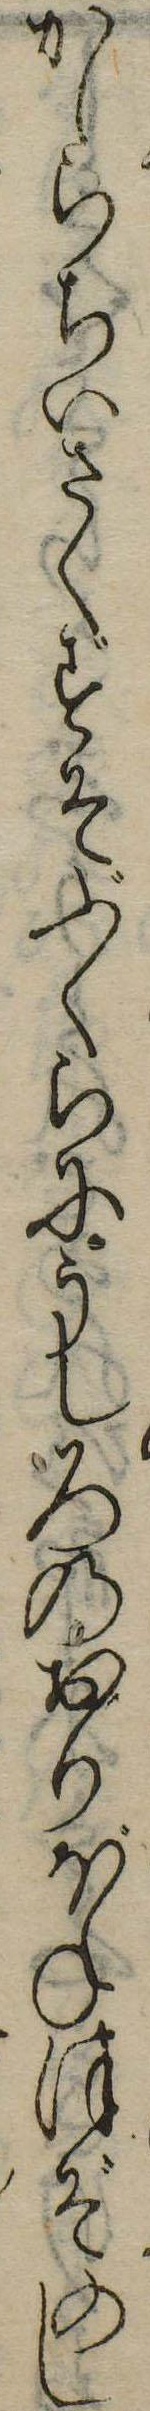
かしらちいさくずそぶくらにうしろのおりぼねほぞのし